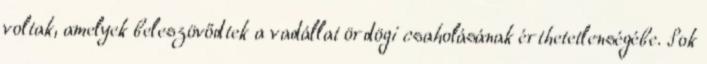
voltak, amelyek beleszövődtek a vadállat ördögi csaholásának érthetetlenségébe. Sok